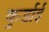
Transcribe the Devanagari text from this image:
कुर्डाई